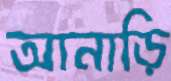
আনাড়ি